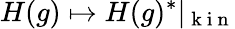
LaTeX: H(g)\mapsto H(g)^{*}\vert_{\mathrm{~k~i~n~}}